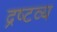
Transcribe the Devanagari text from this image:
द्रष्‍टव्‍य